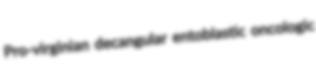
Pro-virginian decangular entoblastic oncologic